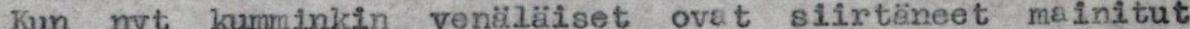
Kun nyt kumminkin venäläiset ovat siirtäneet mainitut